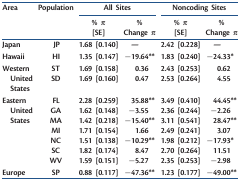
<table><thead><tr><td rowspan="2"><b>Area</b></td><td rowspan="2"><b>Population</b></td><td colspan="2"><b>All Sites</b></td><td colspan="2"><b>Noncoding Sites</b></td></tr><tr><td><b>% <i>π</i> [SE]</b></td><td><b>% Change <i>π</i></b></td><td><b>% <i>π</i> [SE]</b></td><td><b>% Change <i>π</i></b></td></tr></thead><tbody><tr><td>Japan</td><td>JP</td><td>1.68 [0.140]</td><td>—</td><td>2.42 [0.228]</td><td>—</td></tr><tr><td>Hawaii</td><td>HI</td><td>1.35 [0.147]</td><td><b>−19.64**</b></td><td>1.83 [0.240]</td><td><b>−24.33</b><b>*</b></td></tr><tr><td rowspan="2">Western United States</td><td>ST</td><td>1.69 [0.158]</td><td>0.36</td><td>2.43 [0.253]</td><td>0.62</td></tr><tr><td>SD</td><td>1.69 [0.160]</td><td>0.47</td><td>2.53 [0.264]</td><td>4.55</td></tr><tr><td rowspan="7">Eastern United States</td><td>FL</td><td>2.28 [0.259]</td><td><b>35.88**</b></td><td>3.49 [0.410]</td><td><b>44.45**</b></td></tr><tr><td>GA</td><td>1.62 [0.148]</td><td>−3.55</td><td>2.36 [0.244]</td><td>−2.26</td></tr><tr><td>MA</td><td>1.42 [0.218]</td><td><b>−15.40**</b></td><td>3.11 [0.541]</td><td><b>28.47**</b></td></tr><tr><td>MI</td><td>1.71 [0.154]</td><td>1.66</td><td>2.49 [0.241]</td><td>3.07</td></tr><tr><td>NC</td><td>1.51 [0.138]</td><td><b>−10.29**</b></td><td>1.98 [0.212]</td><td><b>−17.93</b><b>*</b></td></tr><tr><td>SC</td><td>1.82 [0.174]</td><td>8.47</td><td>2.70 [0.264]</td><td>11.51</td></tr><tr><td>WV</td><td>1.59 [0.151]</td><td>−5.27</td><td>2.35 [0.253]</td><td>−2.98</td></tr><tr><td>Europe</td><td>SP</td><td>0.88 [0.117]</td><td><b>−47.36**</b></td><td>1.23 [0.177]</td><td><b>−49.00**</b></td></tr></tbody></table>